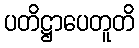
ပတိဋ္ဌာပေတူတိ